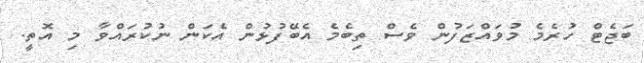
ބަޖެޓް ހުރެމެ މުވައްޒަފުން ވެސް ތިބެމެ އެބޭފުޅުން އެކަން ނުުކުރައްވާ މި އޮތީ.